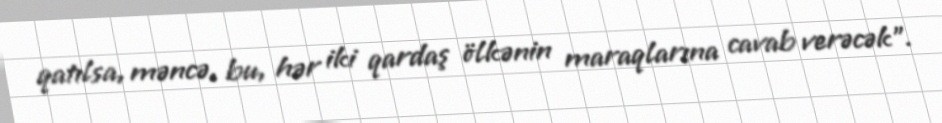
qatılsa, məncə, bu, hər iki qardaş ölkənin maraqlarına cavab verəcək”.